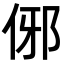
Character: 𬾈